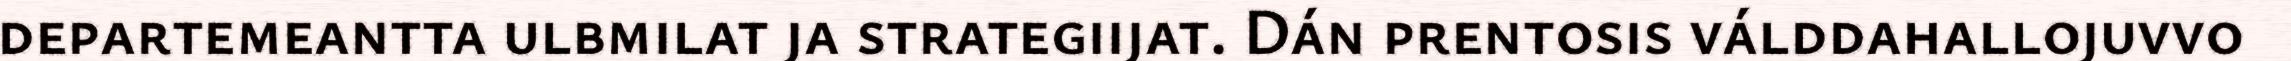
departemeantta ulbmilat ja strategiijat. Dán prentosis válddahallojuvvo